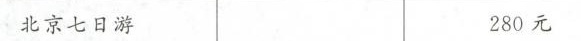
北京七日游 280元